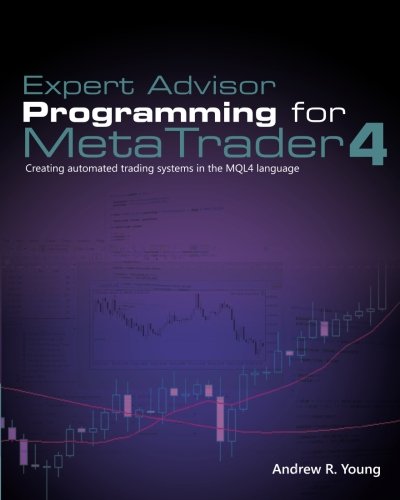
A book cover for Expert Advisor Programming for MetaTrader 4: Creating automated trading systems in the MQL4 language; Andrew R. Young; Business & Money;